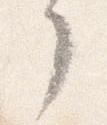
了